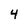
Character: 4